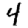
Digit: 4